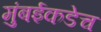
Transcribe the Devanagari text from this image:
मुंबईकडेच